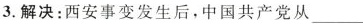
3.解决：西安事变发生后,中国共产党从___